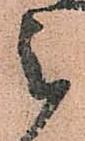
被